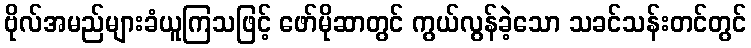
ဗိုလ်အမည်များခံယူကြသဖြင့် ဖော်မိုဆာတွင် ကွယ်လွန်ခဲ့သော သခင်သန်းတင်တွင်